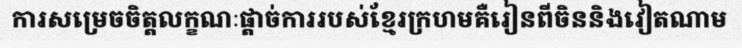
ការសម្រេចចិត្តលក្ខណៈផ្តាច់ការរបស់ខ្មែរក្រហមគឺរៀនពីចិននិងវៀតណាម